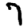
Digit: 7